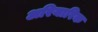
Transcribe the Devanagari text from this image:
अरियारिक